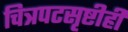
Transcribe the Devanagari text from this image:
चित्रपटसृष्टीही